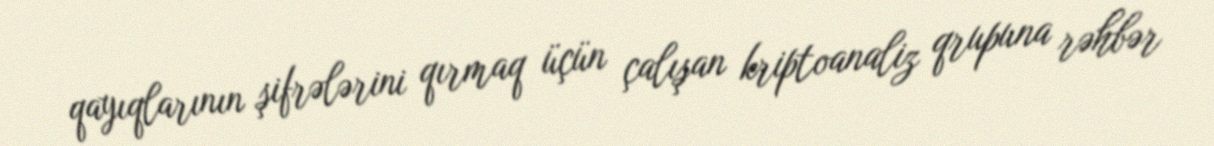
qayıqlarının şifrələrini qırmaq üçün çalışan kriptoanaliz qrupuna rəhbər